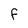
Character: f